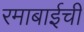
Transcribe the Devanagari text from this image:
रमाबाईची